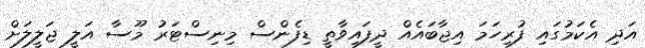
އަދި އެކަމުގައި ފުރިހަމަ އިޖާބައެއް ދީފައިވާތީ ޑިފެންސް މިނިސްޓަރު މޫސާ އަލީ ޖަލީލަށް